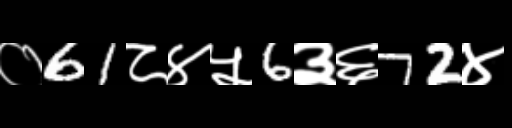
Text: ०61८४५6३६72४